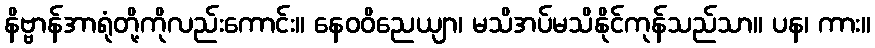
နိဗ္ဗာန်အာရုံတို့ကိုလည်းကောင်း။ နေဝဝိညေယျာ၊ မသိအပ်မသိနိုင်ကုန်သည်သာ။ ပန၊ ကား။